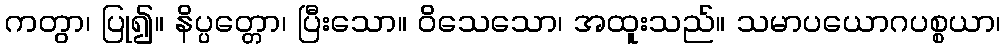
ကတွာ၊ ပြု၍။ နိပ္ပတ္တော၊ ပြီးသော။ ဝိသေသော၊ အထူးသည်။ သမာပယောဂပစ္စယာ၊